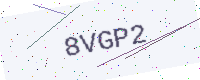
Text: 8VGP2